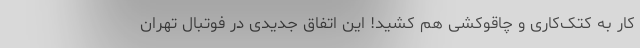
کار به کتک‌کاری و چاقوکشی هم کشید! این اتفاق جدیدی در فوتبال تهران